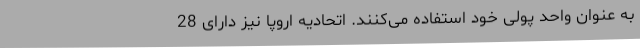
به عنوان واحد پولی خود استفاده می‌کنند. اتحادیه اروپا نیز دارای 28